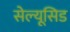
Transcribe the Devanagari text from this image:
सेल्यूसिड